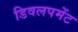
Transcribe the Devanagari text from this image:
डिवलपमेंट